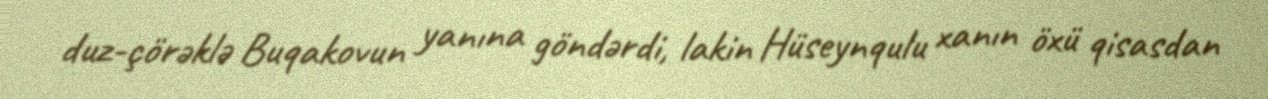
duz-çörəklə Buqakovun yanına göndərdi, lakin Hüseynqulu xanın öxü qisasdan